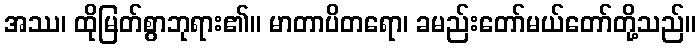
အဿ၊ ထိုမြတ်စွာဘုရား၏။ မာတာပိတရော၊ ခမည်းတော်မယ်တော်တို့သည်။